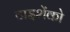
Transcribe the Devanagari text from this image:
टाइशेंको